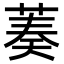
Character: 𦴺